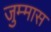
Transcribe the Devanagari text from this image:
जुम्मास